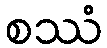
စဿံ